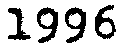
1996